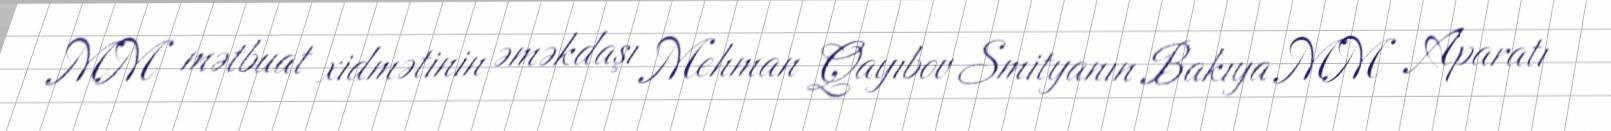
MM mətbuat xidmətinin əməkdaşı Mehman Qayıbov Smityanın Bakıya MM Aparatı